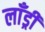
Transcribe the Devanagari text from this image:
लाँड्री